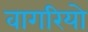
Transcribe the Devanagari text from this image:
वागरियो